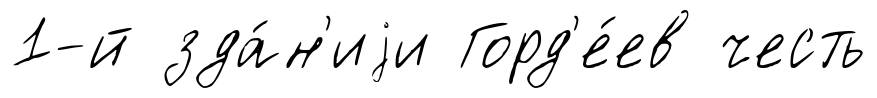
1-й зда́н'иjи Горд'е́ев честь